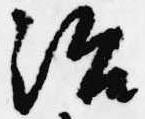
治